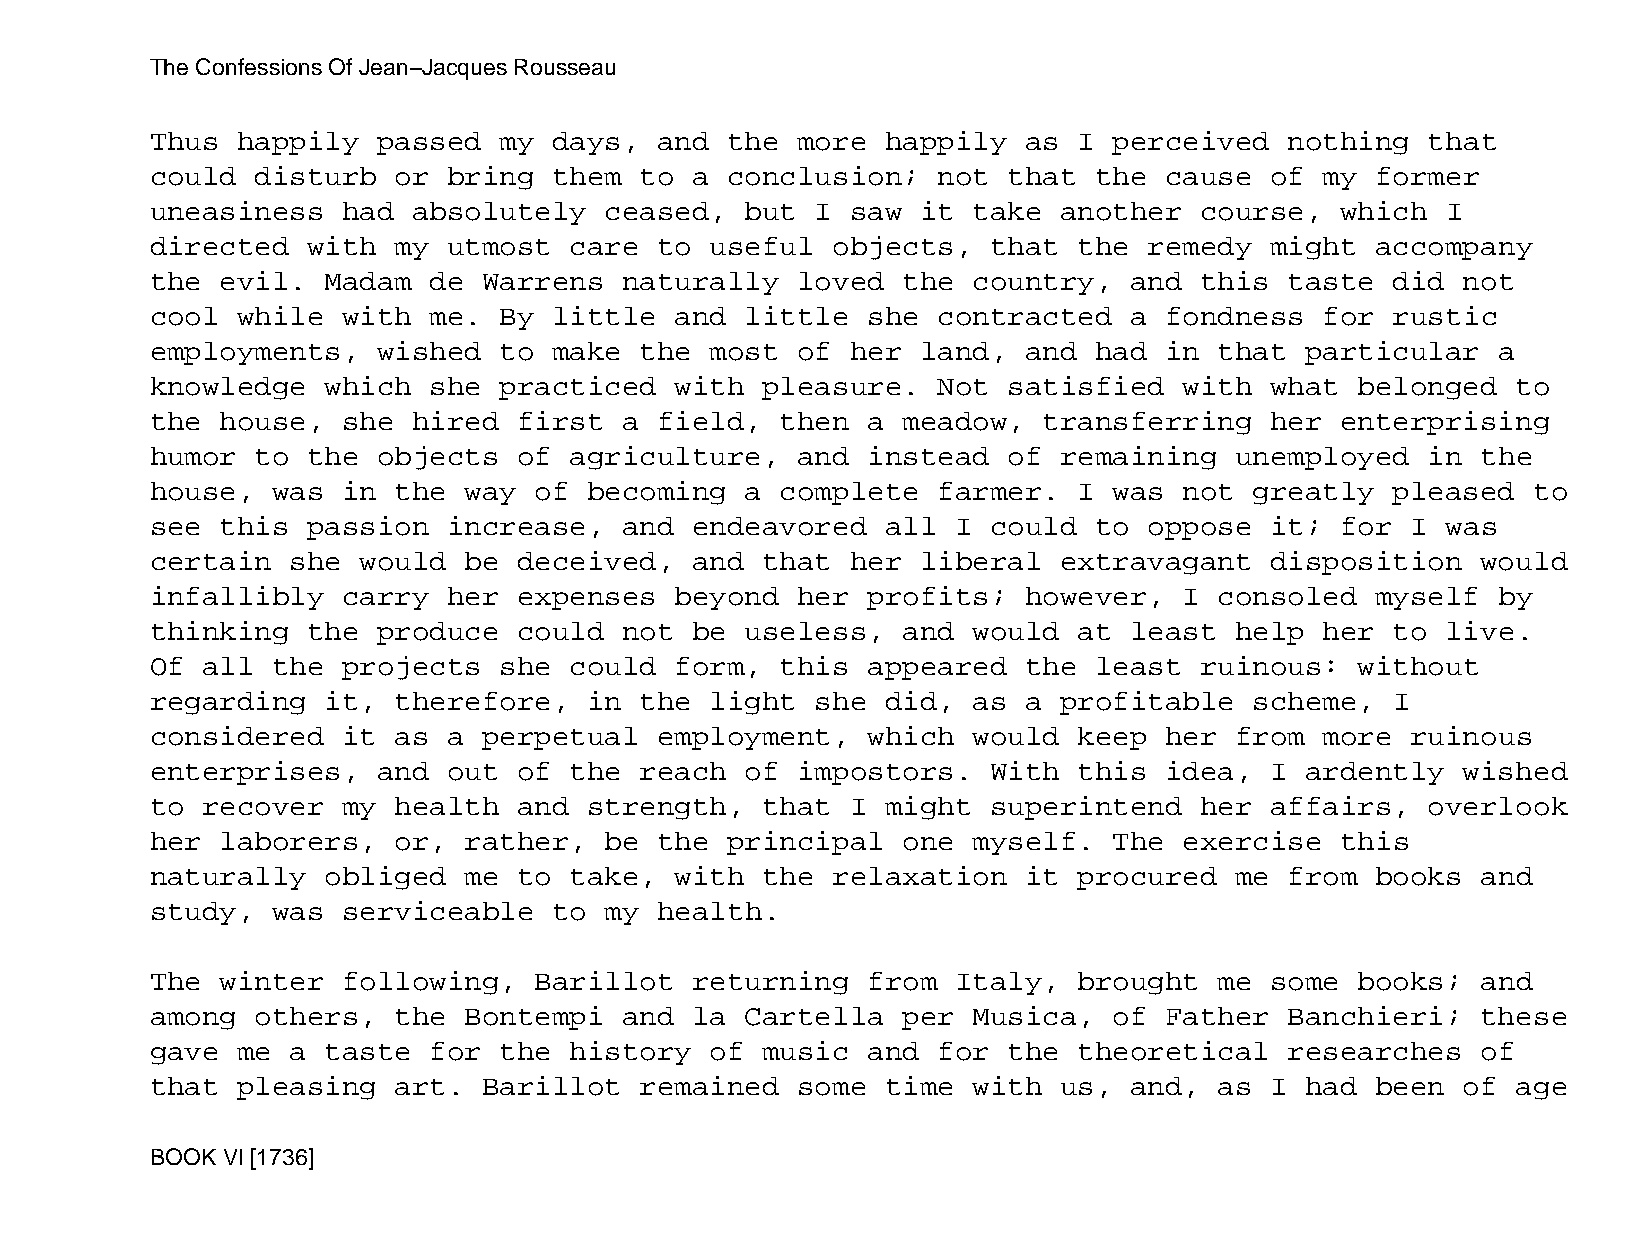
The Confessions Of Jean−Jacques Rousseau
 Thus  happily  passed  my  days,  and the  more  happily  as I  perceived  nothing   that
 could  disturb  or  bring  them to  a conclusion;   not  that the  cause  of  my former
 uneasiness   had absolutely   ceased,  but  I saw  it take  another  course,   which  I
 directed  with  my  utmost  care  to useful  objects,   that the  remedy  might  accompany
 the  evil.  Madam de  Warrens  naturally   loved  the country,   and this  taste  did  not
 cool  while  with me.  By  little  and little  she  contracted   a fondness   for rustic
 employments,   wished  to  make the  most  of her  land,  and had  in  that particular   a
 knowledge   which she  practiced   with pleasure.   Not  satisfied  with  what  belonged  to
 the  house,  she hired  first  a  field,  then a  meadow,  transferring   her  enterprising
 humor  to the  objects  of  agriculture,   and instead   of remaining   unemployed   in the
 house,  was  in the  way of  becoming  a  complete  farmer.  I  was not  greatly  pleased  to
 see  this passion   increase,  and  endeavored   all I  could to  oppose  it;  for I  was
 certain  she  would  be deceived,   and that  her  liberal  extravagant   disposition   would
 infallibly   carry  her expenses   beyond  her profits;   however,  I  consoled  myself  by
 thinking  the  produce  could  not  be useless,   and would  at  least  help  her to  live.
 Of all  the  projects  she  could  form,  this appeared   the least  ruinous:   without
 regarding   it, therefore,   in the  light  she  did, as  a profitable   scheme,  I
 considered   it as  a perpetual   employment,  which  would  keep  her  from  more ruinous
 enterprises,   and  out of  the reach  of  impostors.   With this  idea,  I ardently   wished
 to recover   my health  and  strength,  that  I  might  superintend  her  affairs,   overlook
 her  laborers,  or,  rather,  be  the principal   one myself.   The exercise   this
 naturally   obliged  me to  take,  with the  relaxation   it procured   me from  books  and
 study,  was  serviceable   to my  health.
 The  winter  following,  Barillot   returning  from  Italy,  brought   me some  books;  and
 among  others,  the  Bontempi  and  la Cartella   per Musica,   of Father  Banchieri;   these
 gave  me a  taste for  the  history  of music  and  for  the theoretical   researches   of
 that  pleasing  art.  Barillot  remained   some  time with  us,  and,  as I had  been  of age
 BOOK VI [1736]